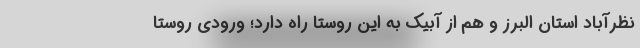
نظرآباد استان البرز و هم از آبیک به این روستا راه دارد؛ ورودی روستا